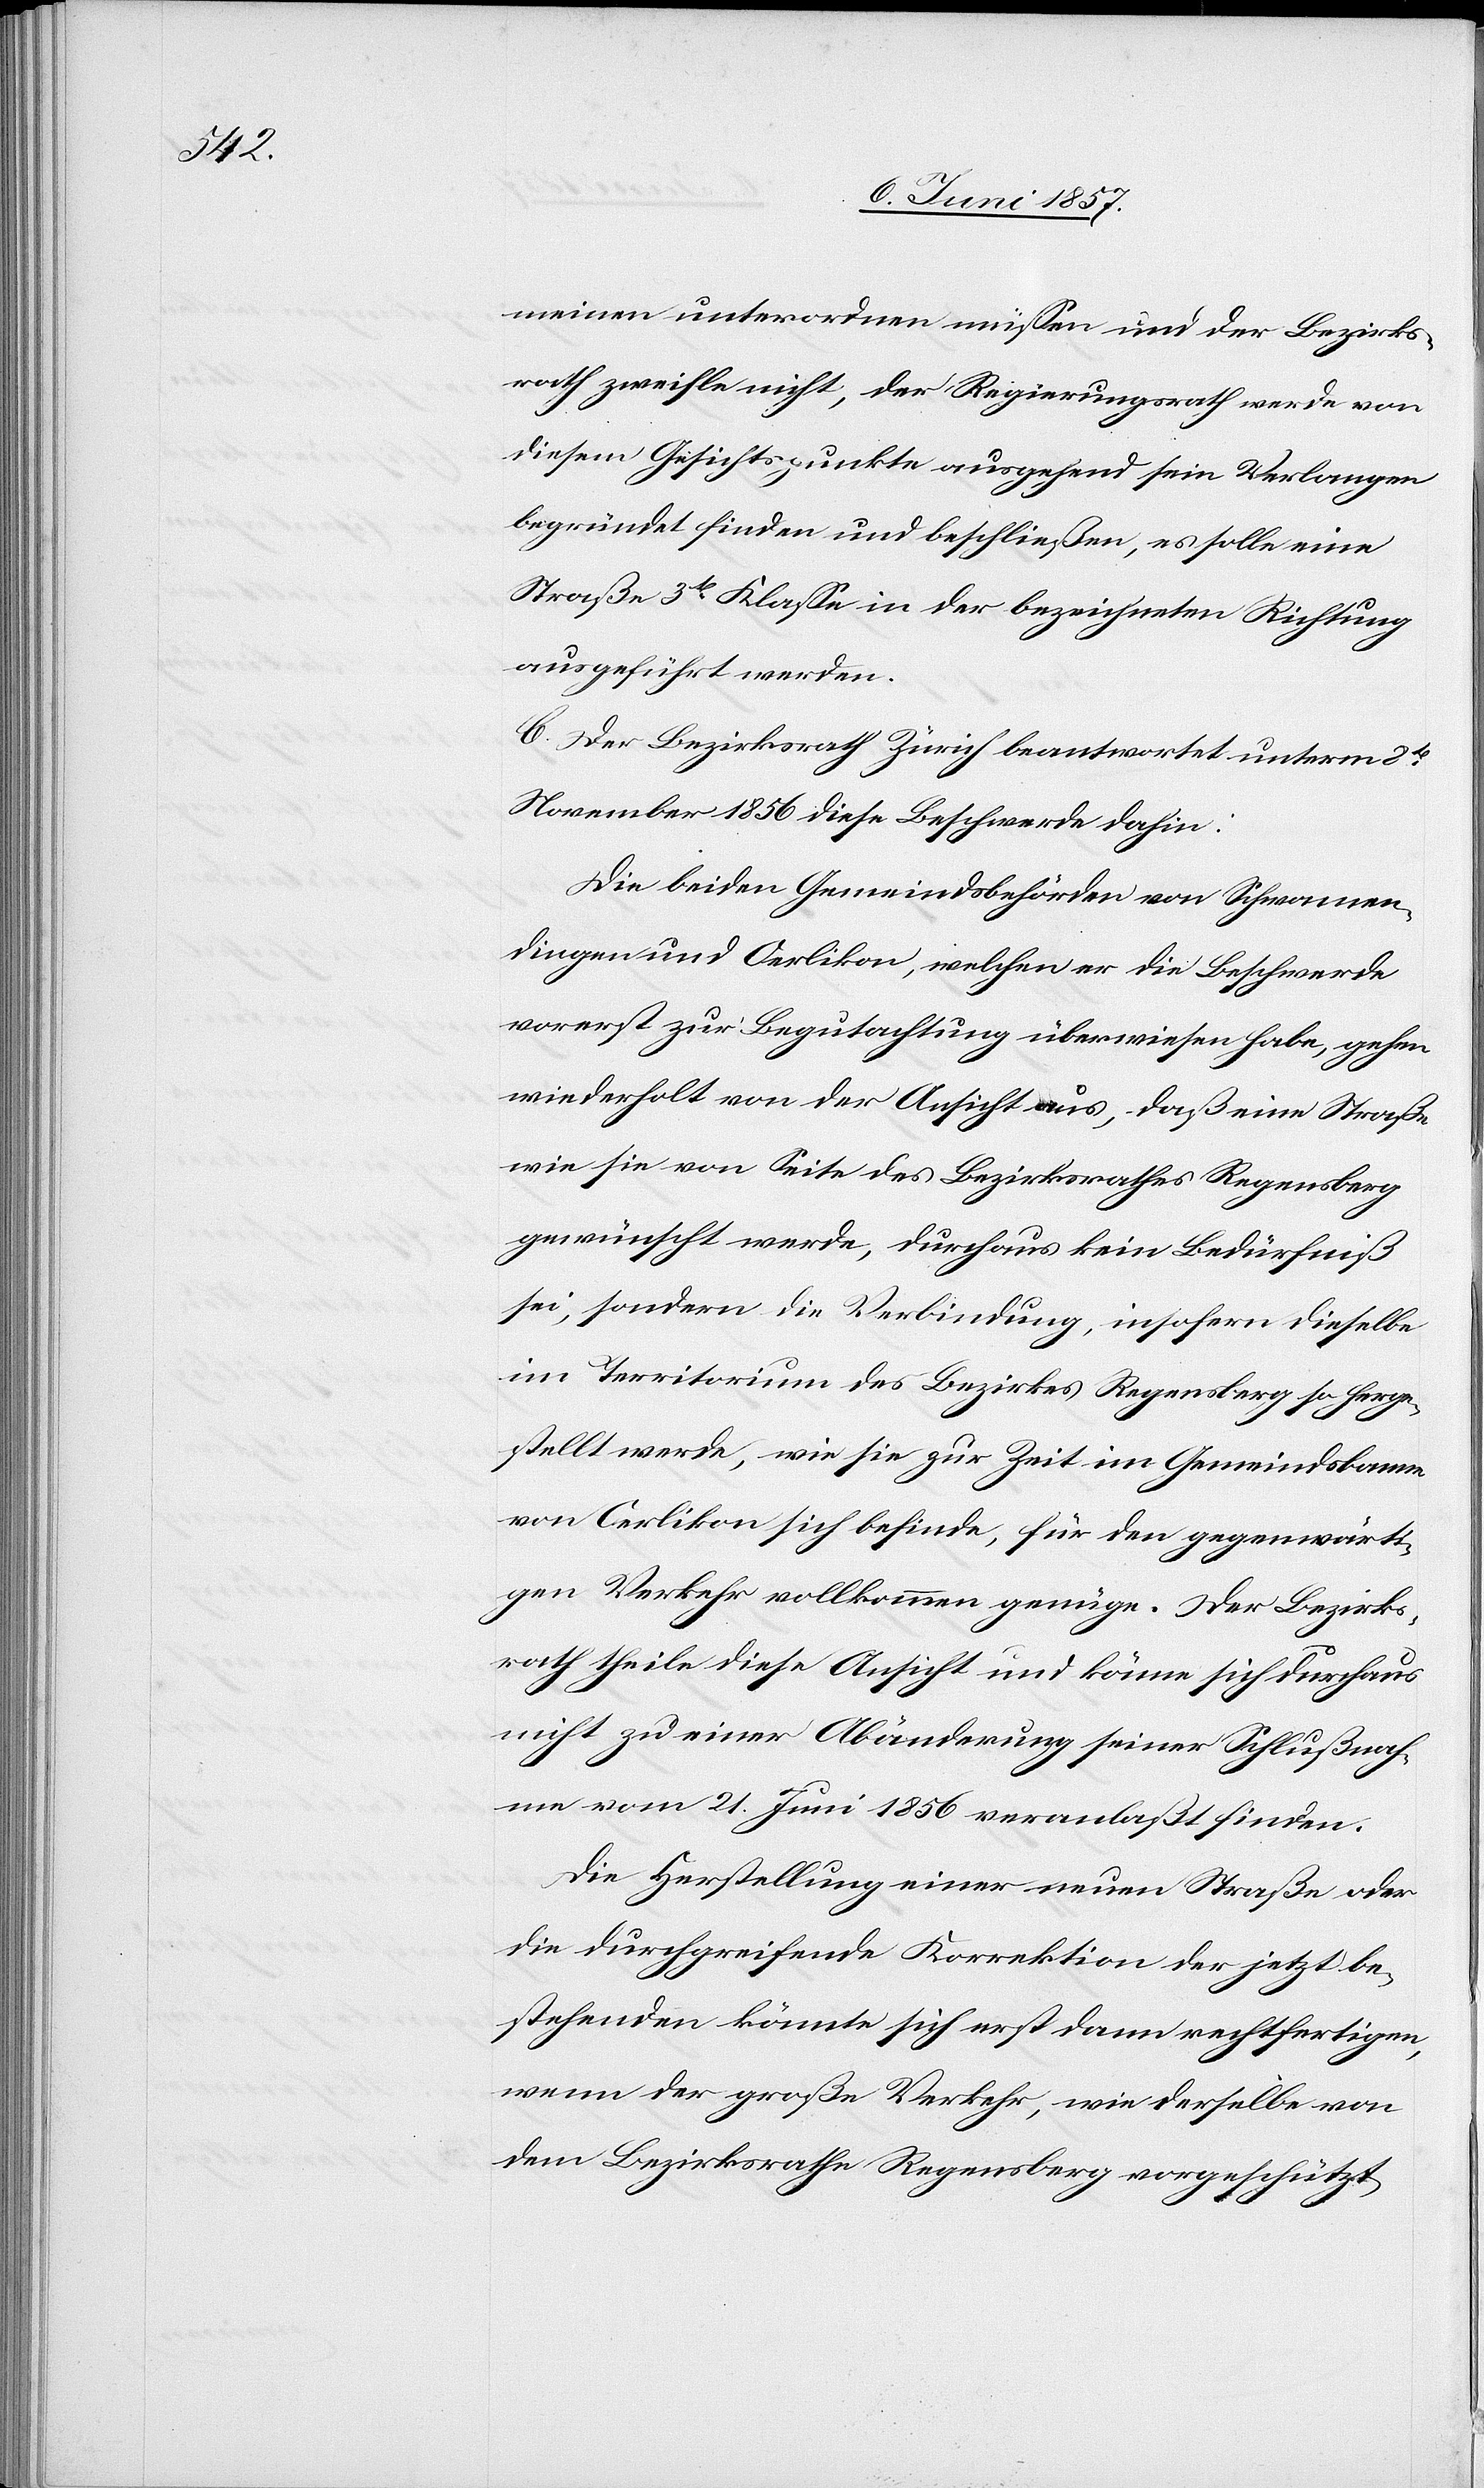
meinen unterordnen müssen und der Bezirks¬
rath zweifle nicht, der Regierungsrath werde von
diesem Gesichtspunkte ausgehend sein Verlangen
begründet finden und beschließen, es solle eine
Straße 3tr Klasse in der bezeichneten Richtung
C. Der Bezirksrath Zürich beantwortet unterm 8ten
November 1856 diese Beschwerde dahin:
Die beiden Gemeindsbehörden von Schwamen¬
dingen und Oerlikon, welchen er die Beschwerde
vorerst zur Begutachtung überwiesen habe, gehen
wiederholt von der Ansicht aus, daß eine Straße
wie sie von Seite des Bezirksrathes Regensberg
gewünscht werde, durchaus kein Bedürfniß
sei, sondern die Verbindung, insofern dieselbe
im Territorium des Bezirkes Regensberg so herge¬
stellt werde, wie sie zur Zeit im Gemeindsbanne
von Oerlikon sich befinde, für den gegenwärti¬
gen Verkehr vollkommen genüge. Der Bezirks¬
rath theile diese Ansicht und könne sich durchaus
nicht zu einer Abänderung seiner Schlußnah¬
me vom 21 Juni 1856 veranlaßt finden.
Die Herstellung einer neuen Straße oder
die durchgreifende Korrektion der jetzt be¬
stehenden könnte sich erst dann rechtfertigen,
wenn der große Verkehr, wie derselbe von
dem Bezirksrathe Regensberg vorgeschützt